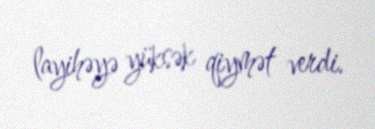
layihəyə yüksək qiymət verdi.